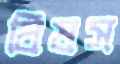
বিষস